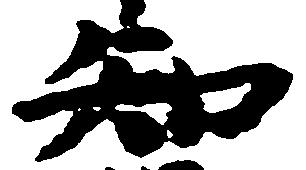
知